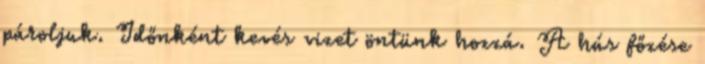
pároljuk. Időnként kevés vizet öntünk hozzá. A hús főzése